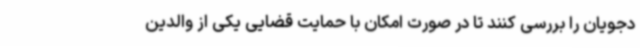
دجویان را بررسی کنند تا در صورت امکان با حمایت قضایی یکی از والدین